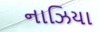
નાઝિયા